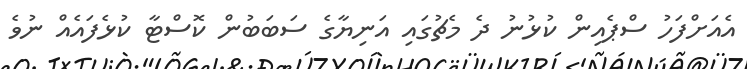
އެއަށްފަހު ސްޕެއިން ކުޅުނު ދެ މެޗުގައި އަނިޔާގެ ސަަބަބުން ކޮސްޓާ ކުޅެފައެއް ނުވެ